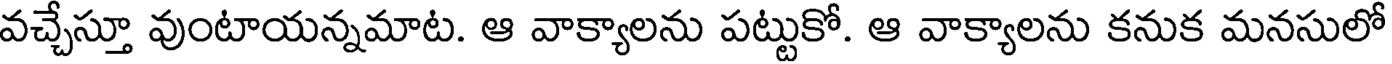
వచ్చేస్తూ వుంటాయన్నమాట. ఆ వాక్యాలను పట్టుకో. ఆ వాక్యాలను కనుక మనసులో